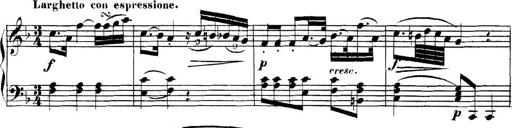
Title: Collected Piano Sonatas
Composer: Muzio Clementi